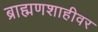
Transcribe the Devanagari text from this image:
ब्राह्मणशाहीवर